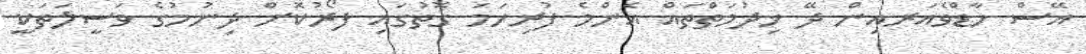
އޭސް ހާޑްވެއަރއިން ދޭ ޚިދުމަތްތައް އެންމެ ފުރިހަމަ ގޮތުގައި ފޯރުކޮށް ދިނުމުގެ ވަސީލަތަކީ